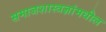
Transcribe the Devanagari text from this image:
समाजशास्त्रज्ञांमधील